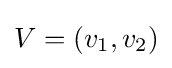
V=(v_{1},v_{2})